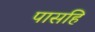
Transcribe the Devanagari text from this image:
पासहि